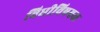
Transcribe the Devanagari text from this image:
विधीविषयक